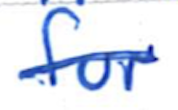
Text: for
Cross-out: single-line
Writing tool: ballpoint